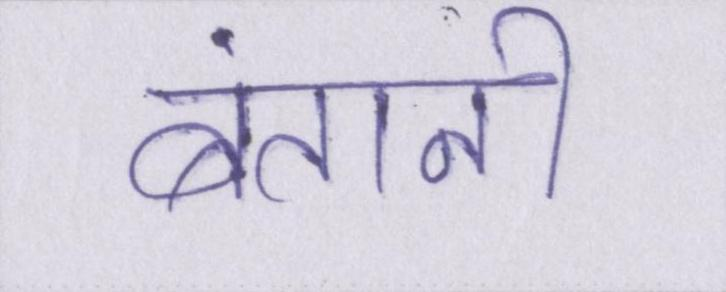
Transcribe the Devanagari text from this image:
बंतानी